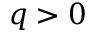
q > 0